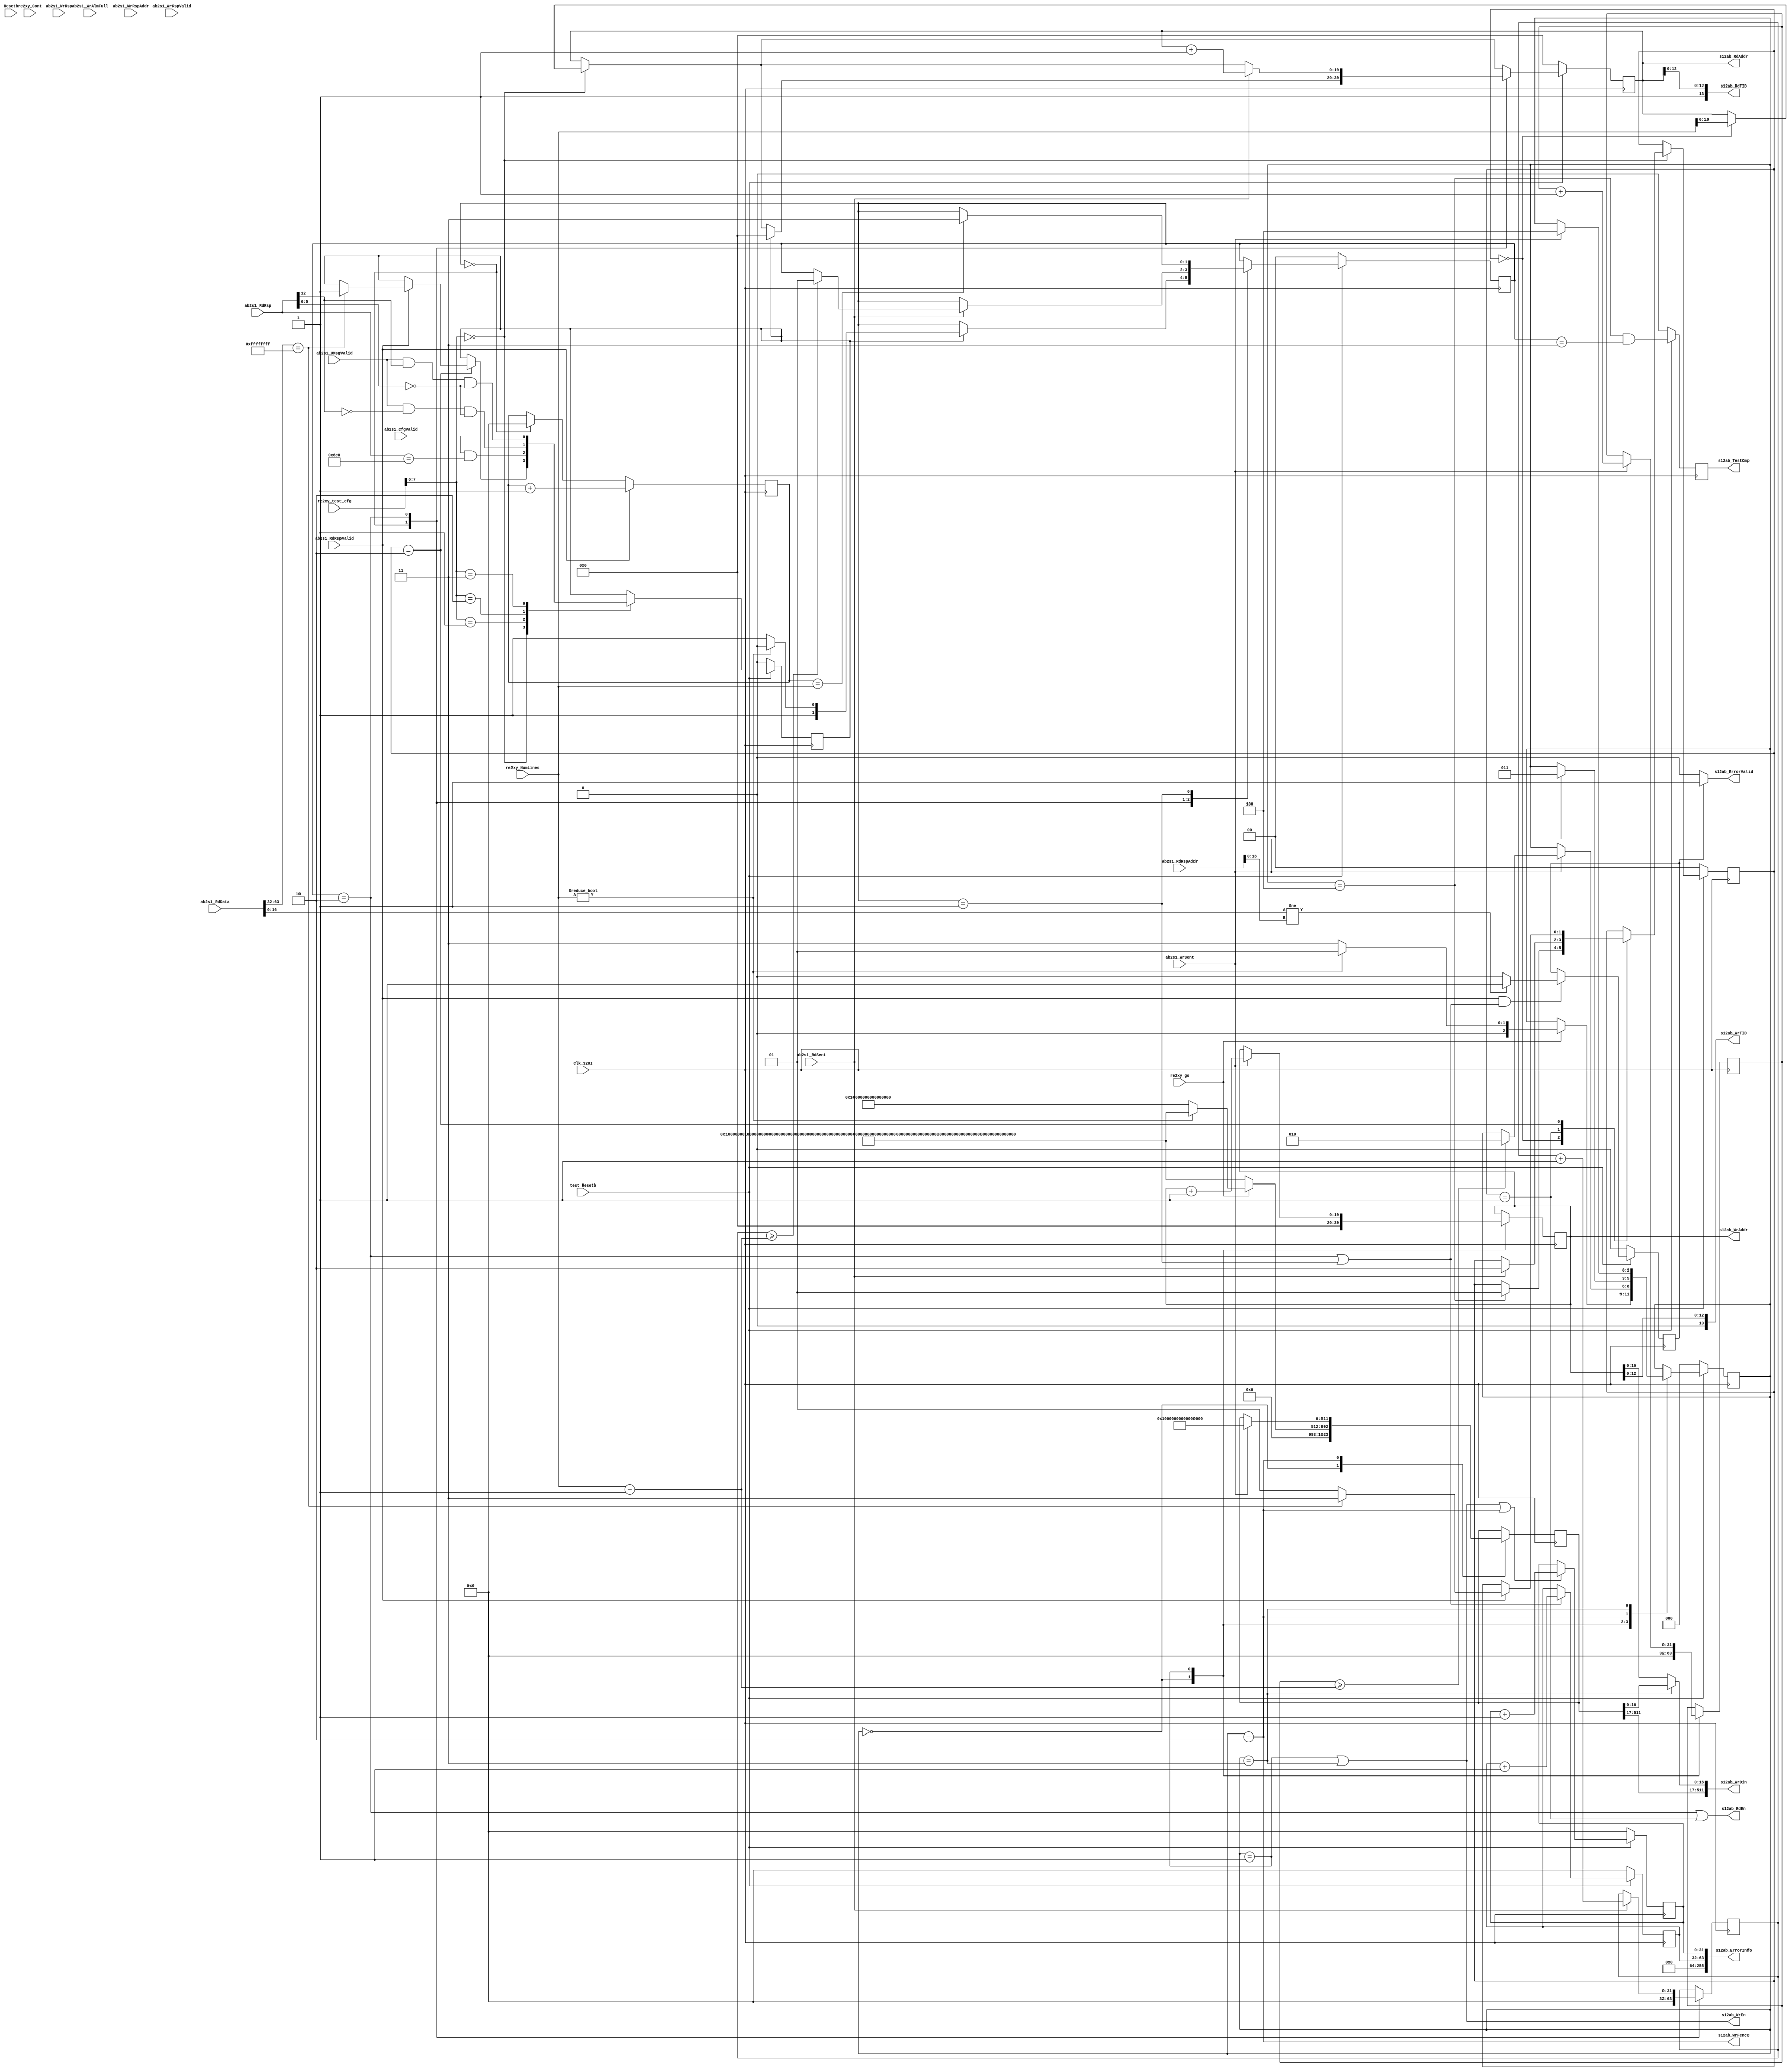
// ***************************************************************************
//
// Copyright (c) 2013-2015, Intel Corporation
//
// Redistribution and use in source and binary forms, with or without
// modification, are permitted provided that the following conditions are met:
//
// * Redistributions of source code must retain the above copyright notice,
// this list of conditions and the following disclaimer.
// * Redistributions in binary form must reproduce the above copyright notice,
// this list of conditions and the following disclaimer in the documentation
// and/or other materials provided with the distribution.
// * Neither the name of Intel Corporation nor the names of its contributors
// may be used to endorse or promote products derived from this software
// without specific prior written permission.
//
// THIS SOFTWARE IS PROVIDED BY THE COPYRIGHT HOLDERS AND CONTRIBUTORS "AS IS"
// AND ANY EXPRESS OR IMPLIED WARRANTIES, INCLUDING, BUT NOT LIMITED TO, THE
// IMPLIED WARRANTIES OF MERCHANTABILITY AND FITNESS FOR A PARTICULAR PURPOSE
// ARE DISCLAIMED. IN NO EVENT SHALL THE COPYRIGHT OWNER OR CONTRIBUTORS BE
// LIABLE FOR ANY DIRECT, INDIRECT, INCIDENTAL, SPECIAL, EXEMPLARY, OR
// CONSEQUENTIAL DAMAGES (INCLUDING, BUT NOT LIMITED TO, PROCUREMENT OF
// SUBSTITUTE GOODS OR SERVICES; LOSS OF USE, DATA, OR PROFITS; OR BUSINESS
// INTERRUPTION) HOWEVER CAUSED AND ON ANY THEORY OF LIABILITY, WHETHER IN
// CONTRACT, STRICT LIABILITY, OR TORT (INCLUDING NEGLIGENCE OR OTHERWISE)
// ARISING IN ANY WAY OUT OF THE USE OF THIS SOFTWARE, EVEN IF ADVISED OF THE
// POSSIBILITY OF SUCH DAMAGE.
//
// Module Name:         test_sw1.v
// Project:             NLB AFU 
// Description:         hw + sw ping pong test. FPGA initializes a location X,
//                      flag the SW. The SW in turn copies the data to location
//                      Y and flag the FPGA. FPGA reads the data from location Y.
// ***************************************************************************
// ---------------------------------------------------------------------------------------------------------------------------------------------------
//                                         SW test 1
// ---------------------------------------------------------------------------------------------------------------------------------------------------
// Goal:
// Characterize 3 methods of notification from CPU to FPGA:
// 1. polling from AFU
// 2. UMsg without Data
// 3. UMsg with Data
// 3. CSR Write
//
// Test flow:
// 1. Wait on test_goErrorValid
// 2. Start timer. Write N cache lines. WrData= {16{32'h0000_0001}}
// 3. Write Fence.
// 4. FPGA -> CPU Message. Write to address N+1. WrData = {{14{32'h0000_0000}},{64{1'b1}}}
// 5. CPU -> FPGA Message. Configure one of the following methods:
//   a. Poll on Addr N+1. Expected Data [63:32]==32'hffff_ffff
//   b. CSR write to Address 0xB00. Data= Dont Care
//   c. UMsg Mode 0 (with data). UMsg ID = 0
//   d. UMsgH Mode 1 (without data). UMsg ID = 0
// 7. Read N cache lines. Wait for all read completions.
// 6. Stop timer Send test completion.
// 
// test mode selection:
// re2xy_test_cfg[7:6]  Description
// ----------------------------------------
// 2'h0                 Polling method
// 2'h1                 CSR Write
// 2'h2                 UMsg Mode 0 with data
// 2'h3                 UMsgH Mode 1, i.e. hint without data.
//
// Determine test overheads for latency measurements

module test_sw1 #(parameter PEND_THRESH=1, ADDR_LMT=20, MDATA=14)
(
   //---------------------------global signals-------------------------------------------------
   Clk_32UI,                // input -- Core clock
   Resetb,                  // input -- Use SPARINGLY only for control
        
   s12ab_WrAddr,            // output   [ADDR_LMT-1:0]    
   s12ab_WrTID,             // output   [ADDR_LMT-1:0]      
   s12ab_WrDin,             // output   [511:0]             
   s12ab_WrFence,           // output   write fence.
   s12ab_WrEn,              // output   write enable        
   ab2s1_WrSent,            // input                          
   ab2s1_WrAlmFull,         // input                          
  
   s12ab_RdAddr,            // output   [ADDR_LMT-1:0]
   s12ab_RdTID,             // output   [13:0]
   s12ab_RdEn,              // output 
   ab2s1_RdSent,            // input
   
   ab2s1_RdRspValid,        // input                    
   ab2s1_UMsgValid,         // input                    
   ab2s1_CfgValid,          // input    arb:               Cfg valid
   ab2s1_RdRsp,             // input    [13:0]          
   ab2s1_RdRspAddr,         // input    [ADDR_LMT-1:0]  
   ab2s1_RdData,            // input    [511:0]         
    
   ab2s1_WrRspValid,        // input                  
   ab2s1_WrRsp,             // input    [13:0]            
   ab2s1_WrRspAddr,         // input    [ADDR_LMT-1:0]    

   re2xy_go,                // input                 
   re2xy_NumLines,          // input    [31:0]            
   re2xy_Cont,              // input             
   re2xy_test_cfg,          // input    [7:0]  
    
   s12ab_TestCmp,           // output           
   s12ab_ErrorInfo,         // output   [255:0] 
   s12ab_ErrorValid,        // output
   test_Resetb              // input            
);

   input                      Clk_32UI;               // csi_top:    Clk_32UI
   input                      Resetb;                 // csi_top:    system Resetb
   
   output   [ADDR_LMT-1:0]    s12ab_WrAddr;           // arb:        write address
   output   [13:0]            s12ab_WrTID;            // arb:        meta data
   output   [511:0]           s12ab_WrDin;            // arb:        Cache line data
   output                     s12ab_WrFence;          // arb:        write fence
   output                     s12ab_WrEn;             // arb:        write enable.
   input                      ab2s1_WrSent;           // arb:        write issued
   input                      ab2s1_WrAlmFull;        // arb:        write fifo almost full
   
   output   [ADDR_LMT-1:0]    s12ab_RdAddr;           // arb:        Reads may yield to writes
   output   [13:0]            s12ab_RdTID;            // arb:        meta data
   output                     s12ab_RdEn;             // arb:        read enable
   input                      ab2s1_RdSent;           // arb:        read issued
   
   input                      ab2s1_RdRspValid;       // arb:        read response valid
   input                      ab2s1_UMsgValid;        // arb:        UMsg valid
   input                      ab2s1_CfgValid;         // arb:        Cfg valid
   input    [13:0]            ab2s1_RdRsp;            // arb:        read response header
   input    [ADDR_LMT-1:0]    ab2s1_RdRspAddr;        // arb:        read response address
   input    [511:0]           ab2s1_RdData;           // arb:        read data
   
   input                      ab2s1_WrRspValid;       // arb:        write response valid
   input    [13:0]            ab2s1_WrRsp;            // arb:        write response header
   input    [ADDR_LMT-1:0]    ab2s1_WrRspAddr;        // arb:        write response address

   input                      re2xy_go;               // requestor:  start of frame recvd
   input    [31:0]            re2xy_NumLines;         // requestor:  number of cache lines
   input                      re2xy_Cont;             // requestor:  continuous mode
   input    [7:0]             re2xy_test_cfg;         // requestor:  8-bit test cfg register.

   output                     s12ab_TestCmp;          // arb:        Test completion flag
   output   [255:0]           s12ab_ErrorInfo;        // arb:        error information
   output                     s12ab_ErrorValid;       // arb:        test has detected an error
   input                      test_Resetb;
   
   //------------------------------------------------------------------------------------------------------------------------
   localparam   CSR_ADDR_POLL = 14'h1B00;
   // Rd FSM states
   localparam Vrdfsm_WAIT = 2'h0;
   localparam Vrdfsm_RESP = 2'h1;
   localparam Vrdfsm_READ = 2'h2;
   localparam Vrdfsm_DONE = 2'h3;
   // Wr FSM states
   localparam Vwrfsm_WAIT = 3'h0;
   localparam Vwrfsm_WRITE = 3'h1;
   localparam Vwrfsm_WRFENCE = 3'h2;
   localparam Vwrfsm_UPDTFLAG = 3'h3;
   localparam Vwrfsm_DONE = 3'h4;

   // Rd Poll FSM
   localparam Vpollfsm_WAIT = 2'h0;
   localparam Vpollfsm_READ = 2'h1;
   localparam Vpollfsm_RESP = 2'h2;
   localparam Vpollfsm_DONE = 2'h3;


   reg      [ADDR_LMT-1:0]    s12ab_WrAddr;           // arb:        Writes are guaranteed to be accepted
   wire     [13:0]            s12ab_WrTID;            // arb:        meta data
   reg      [511:0]           wrDin;            	  // arb:        Cache line data
   wire     [511:0]           s12ab_WrDin;            // arb:        Cache line data
   reg                        s12ab_WrEn;             // arb:        write enable
   reg                        s12ab_WrFence;          // arb:        write fence
   reg      [ADDR_LMT-1:0]    s12ab_RdAddr;           // arb:        Reads may yield to writes
   wire     [13:0]            s12ab_RdTID;            // arb:        meta data
   reg                        s12ab_RdEn;             // arb:        read enable
   reg                        s12ab_TestCmp_c;        // arb:        Test completion flag
   reg                        s12ab_TestCmp;          // arb:        Test completion flag
   reg      [255:0]           s12ab_ErrorInfo;        // arb:        error information
   reg                        s12ab_ErrorValid;       // arb:        test has detected an error
     
   reg      [31:0]            Num_RdReqs;
   reg      [31:0]            Num_RdRsp;
   reg      [1:0]             RdFSM;
   reg      [1:0]             PollFSM;
   reg      [31:0]            Num_RdCycle;

   reg      [31:0]            Num_WrReqs;
   reg      [2:0]             WrFSM;
   reg      [31:0]            Num_WrCycle;
   reg                        rd_go;
   reg 						      ErrorValid;         

   wire     [MDATA-2:0]       Wrmdata = s12ab_WrAddr[MDATA-2:0];
   wire     [MDATA-2:0]       Rdmdata = s12ab_RdAddr[MDATA-2:0];
   assign                     s12ab_WrDin  = (WrFSM == Vwrfsm_UPDTFLAG) ? {wrDin[511:0]}  : {wrDin[511:17],s12ab_WrAddr[16:0]};

   assign s12ab_RdTID = {1'b1, Rdmdata};
   assign s12ab_WrTID = {1'b0, Wrmdata};
   
   always @(*)
   begin
	      s12ab_ErrorValid = 1'b0;
		   if (ErrorValid ==1) s12ab_ErrorValid = 1'b1;
         s12ab_ErrorInfo  = {192'h0, Num_RdCycle, Num_WrCycle};   
         s12ab_TestCmp_c  =   WrFSM==Vwrfsm_DONE
                           && RdFSM==Vrdfsm_DONE;
         s12ab_RdEn       = ( RdFSM == Vrdfsm_READ 
                            ||PollFSM == Vpollfsm_READ );
         s12ab_WrEn       = ( WrFSM == Vwrfsm_WRITE 
                            ||WrFSM == Vwrfsm_UPDTFLAG );
         s12ab_WrFence    = WrFSM == Vwrfsm_WRFENCE;
   end

// Write FSM   
   always @(posedge Clk_32UI)
   begin
         s12ab_TestCmp  <= s12ab_TestCmp_c;

         case(WrFSM)       /* synthesis parallel_case */
            Vwrfsm_WAIT:            // Wait for CPU to start the test
            begin
               s12ab_WrAddr   <= 0;
               Num_WrReqs     <= 0;
               wrDin    <= {16{32'h0000_0001}};

               if(re2xy_go)
               begin
                   if(re2xy_NumLines != 0)
                       WrFSM   <= Vwrfsm_WRITE;
                   else
                   begin
                       WrFSM   <= Vwrfsm_UPDTFLAG;
                       wrDin <= {{14{32'h0000_0000}},{64{1'b1}}};
                   end
               end
            end

            Vwrfsm_WRITE:           // Move data from FPGA to CPU
            begin
              if(ab2s1_WrSent)
              begin
                  s12ab_WrAddr        <= s12ab_WrAddr + 1'b1;
                  Num_WrReqs          <= Num_WrReqs + 1'b1;
                          
                  if(Num_WrReqs >= (re2xy_NumLines-1'b1))
                  begin
                      WrFSM     <= Vwrfsm_WRFENCE;
                  end
              end
            end

            Vwrfsm_WRFENCE:         // Fence- guarantees data is written
            begin
              if(ab2s1_WrSent)
              begin
                    WrFSM       <= Vwrfsm_UPDTFLAG;
                    wrDin <= {{14{32'h0000_0000}},{64{1'b1}}};
              end
            end
           
            Vwrfsm_UPDTFLAG:        // FPGA -> CPU Message saying data is available
            begin
              if(ab2s1_WrSent)
              begin
                      WrFSM        <= Vwrfsm_DONE;
              end
            end
            
            default:
            begin
                WrFSM     <= WrFSM;
            end
         endcase
        

         if(WrFSM==Vwrfsm_WRITE || WrFSM==Vwrfsm_UPDTFLAG || WrFSM==Vwrfsm_WRFENCE )
           Num_WrCycle <= Num_WrCycle + 1'b1;

     if (!test_Resetb)
     begin
         Num_WrCycle    <= 0;
         WrFSM          <= Vwrfsm_WAIT;
         s12ab_TestCmp  <= 0;
     end

   end

// Read FSM   
   always @(posedge Clk_32UI)
   begin
       
       case(re2xy_test_cfg[7:6])
           2'h0:            // polling method
           begin
               case(PollFSM)
                   Vpollfsm_WAIT:
                   begin
                        s12ab_RdAddr <= re2xy_NumLines[ADDR_LMT-1:0];
                        if(WrFSM==Vwrfsm_DONE)
                            PollFSM <= Vpollfsm_READ;
                   end
                   Vpollfsm_READ:
                   begin
                        if(ab2s1_RdSent)
                           PollFSM <= Vpollfsm_RESP;
                   end
                   Vpollfsm_RESP:
                   begin
                        if(ab2s1_RdRspValid)
                        begin
                            if(ab2s1_RdData[63:32]==32'hffff_ffff)
                            begin
                                rd_go <= 1;
                                PollFSM <= Vpollfsm_DONE;
                            end
                            else
                                PollFSM <= Vpollfsm_READ;
                        end
                   end
                   default: //Vpollfsm_DONE
                   begin
                       PollFSM <= PollFSM;
                   end
               endcase
           end
           2'h1:            // CSR Write
                rd_go   <= ab2s1_CfgValid && ab2s1_RdRsp==(CSR_ADDR_POLL>>2);
           2'h2:            // UMsg Mode 0 (without data)
               rd_go    <= ab2s1_UMsgValid && ab2s1_RdRsp[12]==1'b0 && ab2s1_RdRsp[5:0]==1'b0;
           2'h3:            // UMsg Mode 1 (with data)
               rd_go    <= ab2s1_UMsgValid && ab2s1_RdRsp[12]==1'b1 && ab2s1_RdRsp[5:0]==1'b0;
       endcase

       case(RdFSM)       /* synthesis parallel_case */
            Vrdfsm_WAIT:                            // Read Data payload
            begin
                Num_RdReqs   <= 0;
                Num_RdRsp    <= 0;
                if(rd_go)
                begin
                    s12ab_RdAddr <= 0;
                    if(re2xy_NumLines!=0)
                        RdFSM <= Vrdfsm_READ;
                    else
                        RdFSM <= Vrdfsm_DONE;
                end
            end
 
            Vrdfsm_READ:                             // Read N cache lines
            begin
                if(ab2s1_RdSent)
                begin
                    s12ab_RdAddr        <= s12ab_RdAddr + 1'b1;
                    Num_RdReqs          <= Num_RdReqs + 1'b1;        
                  
                    if(Num_RdReqs >= (re2xy_NumLines-1'b1))
                        RdFSM     <= Vrdfsm_RESP;
                end
            end
            Vrdfsm_RESP:                            // Wait untill all reads complete
            begin
                if(Num_RdRsp==re2xy_NumLines)
                        RdFSM     <= Vrdfsm_DONE;
            end
            
            default:
            begin
              RdFSM     <= RdFSM;
            end
       endcase         

         if(ab2s1_RdRspValid)
           Num_RdRsp        <= Num_RdRsp + 1'b1;
		   
			 if(ab2s1_RdRspValid && (RdFSM == Vrdfsm_READ || RdFSM == Vrdfsm_RESP))
			 begin		 
			  if (ab2s1_RdData[16:0] != ab2s1_RdRspAddr[16:0]) 
			  ErrorValid <= 1;
			  else 
			  ErrorValid <= 0;
			 end
			
         if(RdFSM == Vrdfsm_READ || RdFSM == Vrdfsm_RESP)
           Num_RdCycle <= Num_RdCycle + 1'b1;


      if (!test_Resetb)
       begin
		   ErrorValid     <= 0;
         s12ab_RdAddr   <= 0;
         Num_RdCycle    <= 0;
         RdFSM          <= Vrdfsm_WAIT;          
         PollFSM        <= Vpollfsm_WAIT;
         rd_go          <= 0;
       end
       
   end

   
endmodule